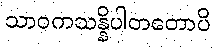
သာဝကသန္နိပါတတောပိ